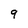
Character: 9